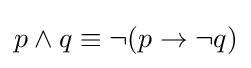
p\wedge q\equiv \neg (p\rightarrow \neg q)